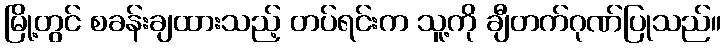
မြို့တွင် စခန်းချထားသည့် တပ်ရင်းက သူ့ကို ချီတက်ဂုဏ်ပြုသည်။